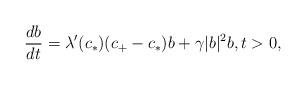
LaTeX: \begin{align*}\frac{d b}{dt} = \lambda'(c_*) (c_+ - c_*) b + \gamma |b|^2 b, t > 0,\end{align*}